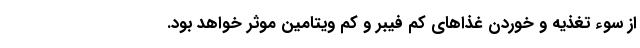
از سوء تغذیه و خوردن غذاهای کم فیبر و کم ویتامین موثر خواهد بود.